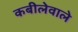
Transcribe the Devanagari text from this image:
कबीलेवाले